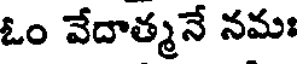
ఓం వేదాత్మనే నమః